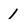
Character: 1